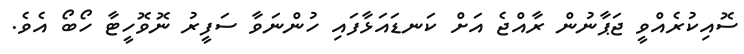
ސޮއިކުރެއްވީ ޖަޕާނުން ރާއްޖެ އަށް ކަނޑައަޅާފައި ހުންނަވާ ސަފީރު ނޮވޮހީޓާ ހޯބޯ އެވެ.